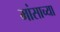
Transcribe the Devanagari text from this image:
मांसाच्या